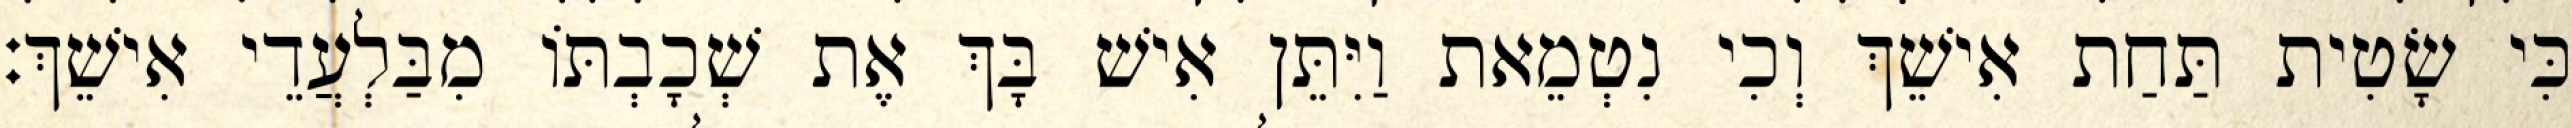
כִּי שָׂטִית תַּחַת אִישֵׁךְ וְכִי נִטְמֵאת וַיִּתֵּן אִישׁ בָּךְ אֶת שְׁכָבְתּוֹ מִבַּלְעֲדֵי אִישֵׁךְ׃